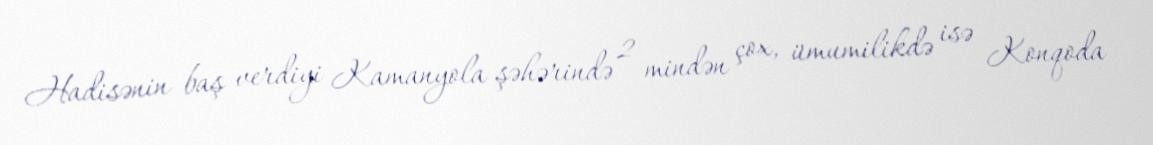
Hadisənin baş verdiyi Kamanyola şəhərində 2 mindən çox, ümumilikdə isə Konqoda